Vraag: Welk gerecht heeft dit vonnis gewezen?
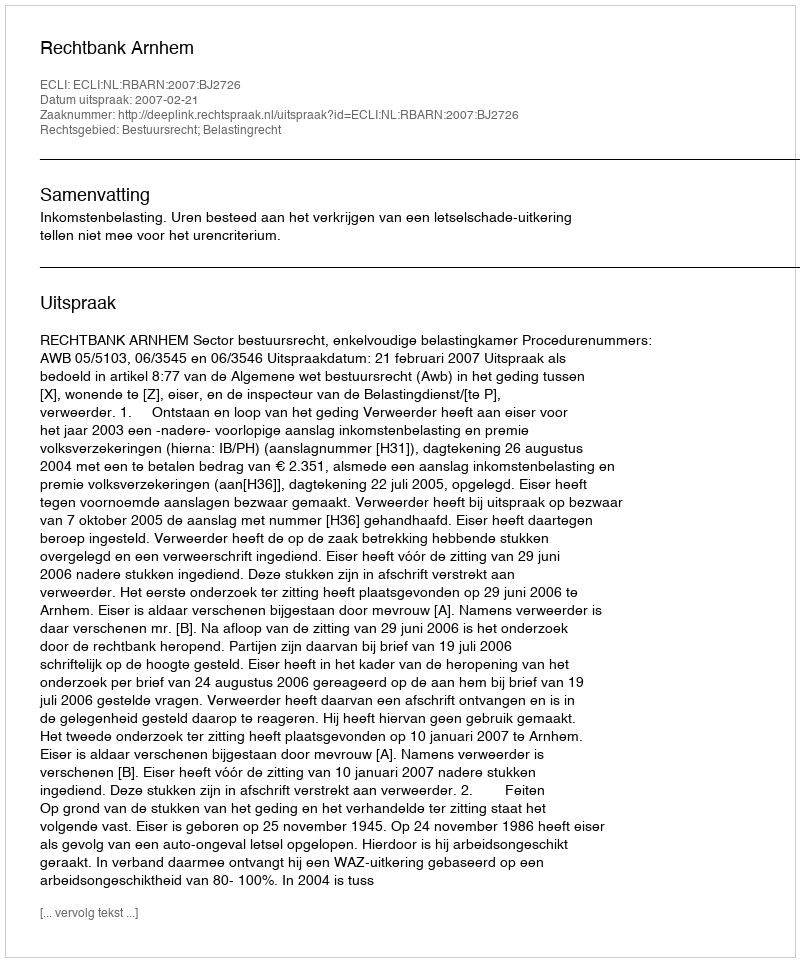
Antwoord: Rechtbank Arnhem